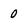
Character: 0